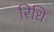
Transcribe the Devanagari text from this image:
रिधि